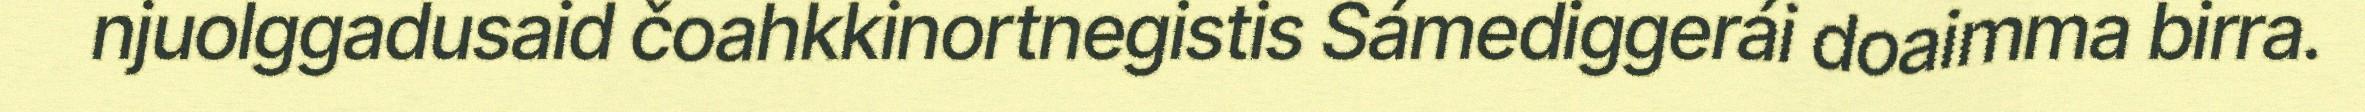
njuolggadusaid čoahkkinortnegistis Sámediggerái doaimma birra.